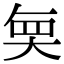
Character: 𭑒